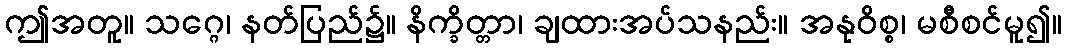
ဤအတူ။ သဂ္ဂေ၊ နတ်ပြည်၌။ နိက္ခိတ္တာ၊ ချထားအပ်သနည်း။ အနုဝိစ္စ၊ မစီစင်မူ၍။